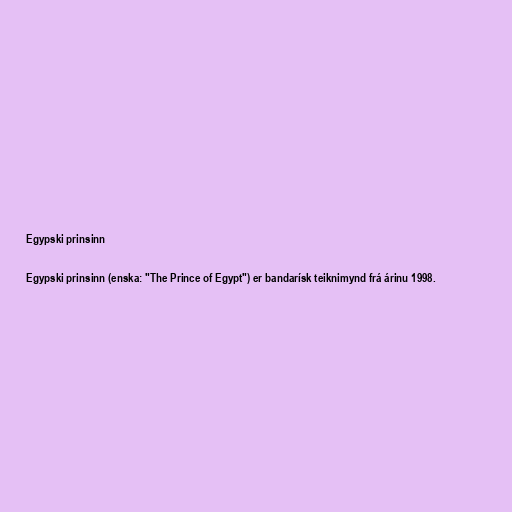
Egypski prinsinn

Egypski prinsinn (enska: "The Prince of Egypt") er bandarísk teiknimynd frá árinu 1998.